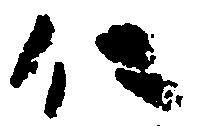
仁